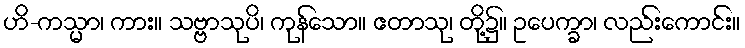
ဟိ-ကသ္မာ၊ ကား။ သဗ္ဗာသုပိ၊ ကုန်သော။ ဧတာသု၊ တို့၌။ ဥပေက္ခာ၊ လည်းကောင်း။